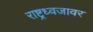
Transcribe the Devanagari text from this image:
राष्ट्रध्वजावर